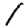
Digit: 1